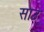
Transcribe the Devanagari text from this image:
साउ